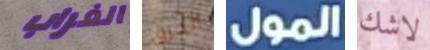
الغراب الحرق المول لاشك